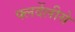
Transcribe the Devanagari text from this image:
फ्लर्देलीसे